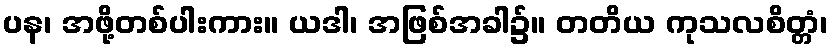
ပန၊ အဖို့တစ်ပါးကား။ ယဒါ၊ အဖြစ်အခါ၌။ တတိယ ကုသလစိတ္တံ၊